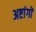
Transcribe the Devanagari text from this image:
अष्टांगों